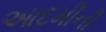
આદમીની